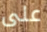
على